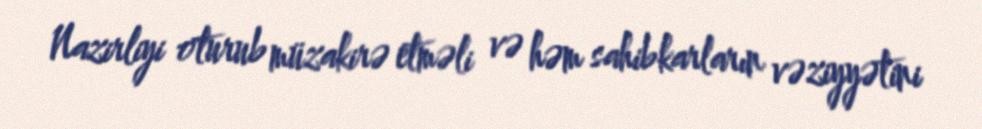
Nazirliyi oturub müzakirə etməli və həm sahibkarların vəziyyətini